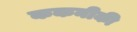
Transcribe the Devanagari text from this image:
ककनीकी